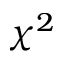
\chi ^ { 2 }